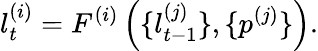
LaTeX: l_{t}^{(i)}=F^{(i)}\left(\{ l_{t-1}^{(j)}\} ,\{ p^{(j)}\} \right).